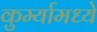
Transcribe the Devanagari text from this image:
कुर्म्यामध्ये